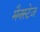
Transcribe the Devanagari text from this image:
मैनस्टेज